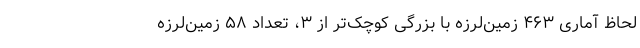
لحاظ آماری ۴۶۳ زمین‌لرزه با بزرگی کوچک‌تر از ۳، تعداد ۵۸ زمین‌لرزه